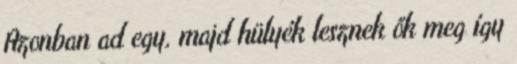
Azonban ad egy, majd hülyék lesznek ők meg így